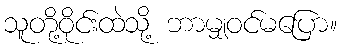
သူတို့ဝိုင်းထဲသို့ ဘာမျှဝင်မပြော။